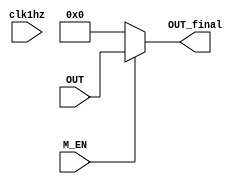
module Energy_saver (input clk1hz, input M_EN,input [3:0] OUT, output reg [3:0] OUT_final);


always @(*) begin
if(M_EN==1)begin
OUT_final=OUT;
end else OUT_final=4'b0000;
end
endmodule